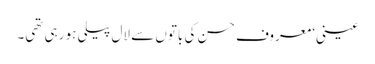
عینی‘ معروف حسن کی باتوں سے لال پیلی ہو رہی تھی۔